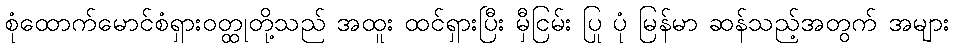
စုံထောက်မောင်စံရှားဝတ္ထုတို့သည် အထူး ထင်ရှားပြီး မှီငြမ်း ပြု ပုံ မြန်မာ ဆန်သည့်အတွက် အများ